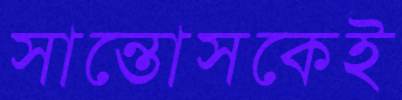
সান্তোসকেই